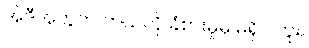
အဲဒီအတွက် ဘယ်လို ခံစားမှုမှ မရှိပါဘူး။